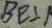
B E \bot A